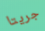
جريتا